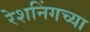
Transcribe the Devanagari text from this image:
रेशनिंगच्या